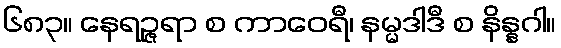
၆၈၃။ နေရဉ္ဇရာ စ ကာဝေရီ၊ နမ္မဒါဒီ စ နိန္နဂါ။